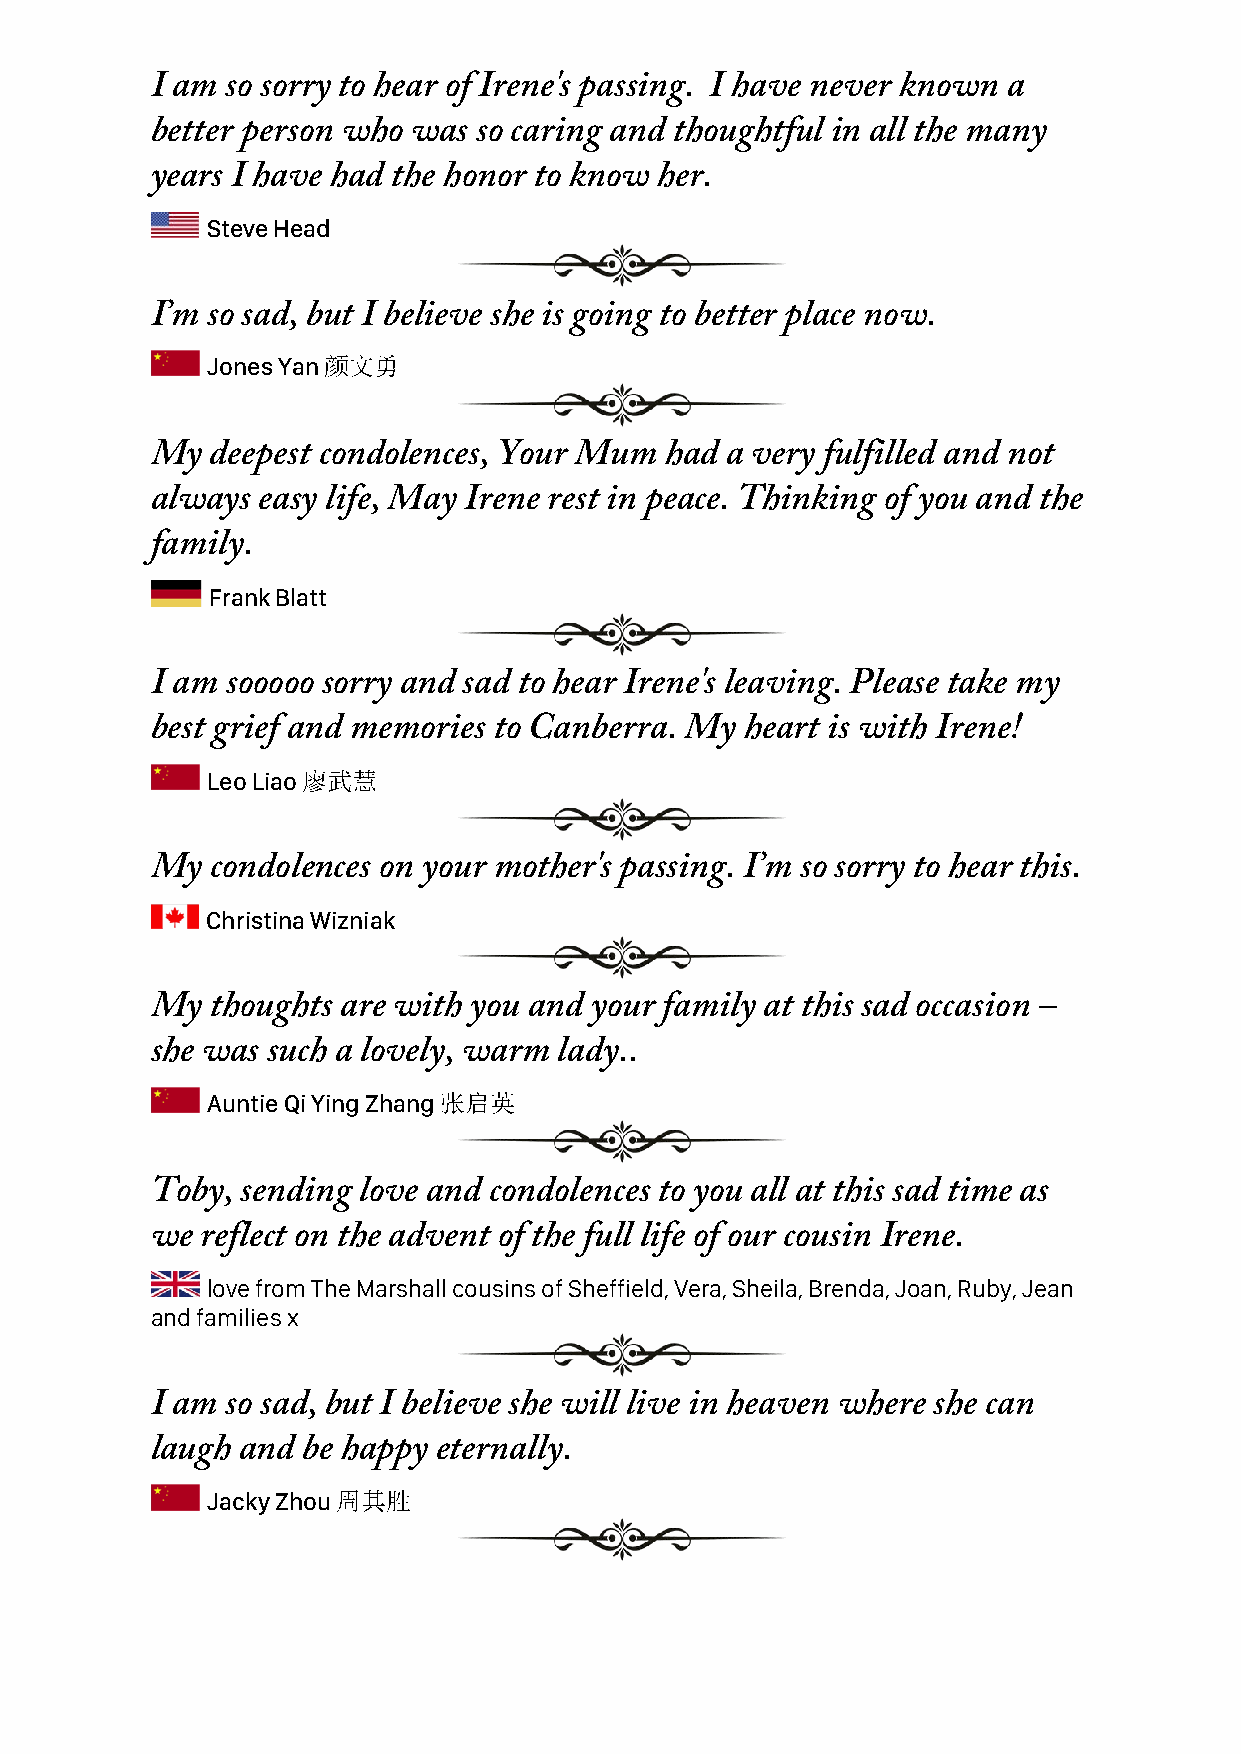
I am so sorry to hear of Irene's passing. I have never known a
 better person who was so caring and thoughtful in all the many
 years I have had the honor to know her.
 Steve Head
 I’m so sad, but I believe she is going to better place now.
 Jones Yan 颜文勇
 My  deepest condolences, Your Mum had a very fulfilled and not
 always easy life, May Irene rest in peace. Thinking of you and the
 family.
 Frank Blatt
 I am sooooo sorry and sad to hear Irene's leaving. Please take my
 best grief and memories to Canberra. My heart is with Irene!
 Leo Liao 廖武慧
 My  condolences on your mother's passing. I’m so sorry to hear this.
 Christina Wizniak
 My  thoughts are with you and your family at this sad occasion –
 she was such a lovely, warm lady..
 Auntie Qi Ying Zhang 张启英
 Toby, sending love and condolences to you all at this sad time as
 we reflect on the advent of the full life of our cousin Irene.
 love from The Marshall cousins of Sheffield, Vera, Sheila, Brenda, Joan, Ruby, Jean
 and families x
 I am so sad, but I believe she will live in heaven where she can
 laugh and be happy eternally.
 Jacky Zhou 周其胜